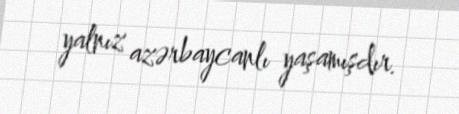
yalnız azərbaycanlı yaşamışdır.